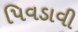
પિવડાવી